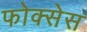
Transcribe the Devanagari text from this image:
फोक्सेस